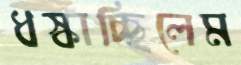
ধস্‌কাচ্ছিলেম